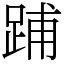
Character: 𨁏